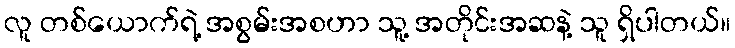
လူ တစ်ယောက်ရဲ့ အစွမ်းအစဟာ သူ့ အတိုင်းအဆနဲ့ သူ ရှိပါတယ်။